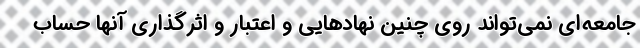
جامعه‌ای نمی‌تواند روی چنین نهادهایی و اعتبار و اثرگذاری آنها حساب